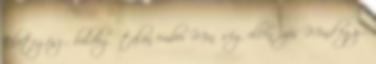
Életegész - boldog talan ember Minőség ellenőrzés Mind egy -